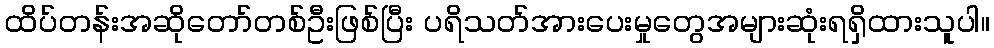
ထိပ်တန်းအဆိုတော်တစ်ဦးဖြစ်ပြီး ပရိသတ်အားပေးမှုတွေအများဆုံးရရှိထားသူပါ။